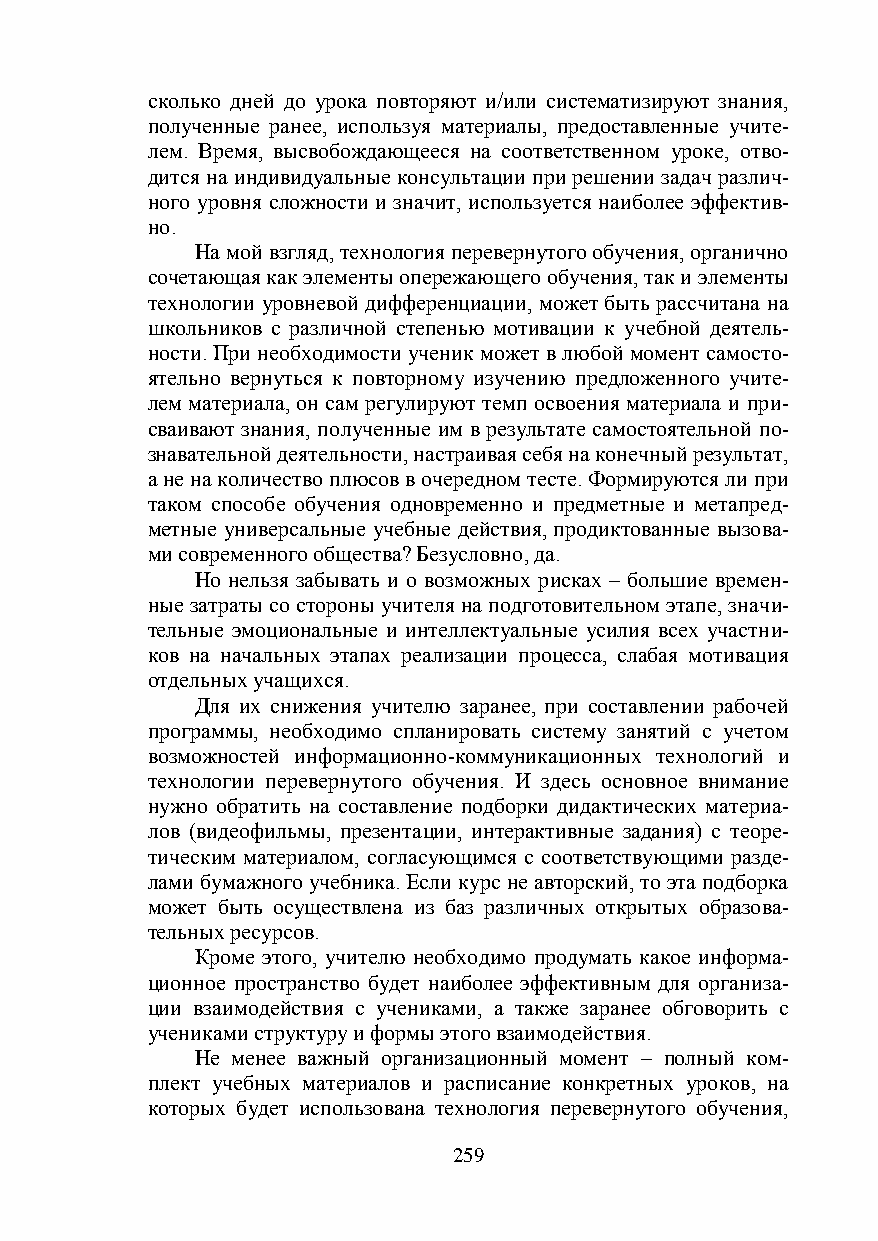
сколько дней до урока повторяют и/или систематизируют знания,
 полученные ранее, используя материалы, предоставленные учите-
 лем. Время, высвобождающееся на соответственном уроке, отво-
 дится на индивидуальные консультации при решении задач различ-
 ного уровня сложности и значит, используется наиболее эффектив-
 но.
 На мой взгляд, технология перевернутого обучения, органично
 сочетающая как элементы опережающего обучения, так и элементы
 технологии уровневой дифференциации, может быть рассчитана на
 школьников с различной степенью мотивации к учебной деятель-
 ности. При необходимости ученик может в любой момент самосто-
 ятельно вернуться к повторному изучению предложенного учите-
 лем материала, он сам регулируют темп освоения материала и при-
 сваивают знания, полученные им в результате самостоятельной по-
 знавательной деятельности, настраивая себя на конечный результат,
 а не на количество плюсов в очередном тесте. Формируются ли при
 таком способе обучения одновременно и предметные и метапред-
 метные универсальные учебные действия, продиктованные вызова-
 ми современного общества? Безусловно, да.
 Но нельзя забывать и о возможных рисках – большие времен-
 ные затраты со стороны учителя на подготовительном этапе, значи-
 тельные эмоциональные и интеллектуальные усилия всех участни-
 ков на начальных этапах реализации процесса, слабая мотивация
 отдельных учащихся.
 Для их снижения учителю заранее, при составлении рабочей
 программы, необходимо спланировать систему занятий с учетом
 возможностей информационно-коммуникационных технологий и
 технологии перевернутого обучения. И здесь основное внимание
 нужно обратить на составление подборки дидактических материа-
 лов (видеофильмы, презентации, интерактивные задания) с теоре-
 тическим материалом, согласующимся с соответствующими разде-
 лами бумажного учебника. Если курс не авторский, то эта подборка
 может быть осуществлена из баз различных открытых образова-
 тельных ресурсов.
 Кроме этого, учителю необходимо продумать какое информа-
 ционное пространство будет наиболее эффективным для организа-
 ции взаимодействия с учениками, а также заранее обговорить с
 учениками структуру и формы этого взаимодействия.
 Не менее важный организационный момент – полный ком-
 плект учебных материалов и расписание конкретных уроков, на
 которых будет использована технология перевернутого обучения,
 259